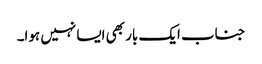
جناب ایک بار بھی ایسا نہیں ہوا۔